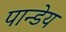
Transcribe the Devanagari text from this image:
पान्डेय